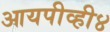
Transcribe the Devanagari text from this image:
आयपीव्ही४